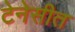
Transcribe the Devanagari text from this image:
टेनेसीत